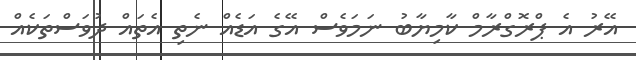
އޭރު އެ ޕްރޮގްރާމް ކާމިޔާބު ނަމަވެސް އޭގެ އަޑެއް ނެތި އެތައް ދުވަސްތަކެއް